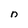
Character: n